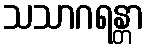
သသာဂရန္တာ